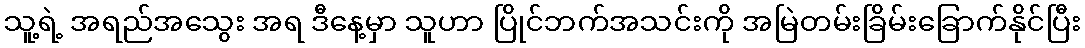
သူ့ရဲ့ အရည်အသွေး အရ ဒီနေ့မှာ သူဟာ ပြိုင်ဘက်အသင်းကို အမြဲတမ်းခြိမ်းခြောက်နိုင်ပြီး